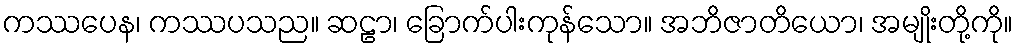
ကဿပေန၊ ကဿပသည။ ဆဠာ၊ ခြောက်ပါးကုန်သော။ အဘိဇာတိယော၊ အမျိုးတို့ကို။